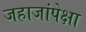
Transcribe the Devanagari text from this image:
जहाजांपेक्षा